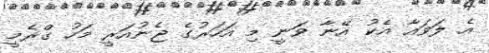
އެ ލަވައާ އެކު އޭނާ ވަނީ މި އަހަރުގެ ޖެނުއަރީ މަހު ގްރެމީ